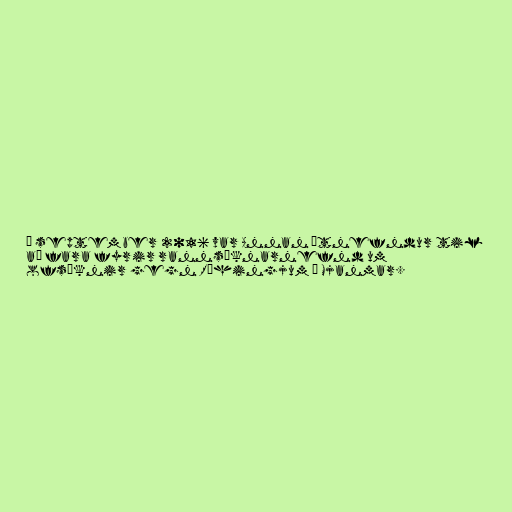
Í september 2016 var Annan útnefndur til
að fara fyrir rannsóknarnefnd um
ofsóknir gegn Róhingjum í Mjanmar.